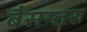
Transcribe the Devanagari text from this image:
बैसन्तरु